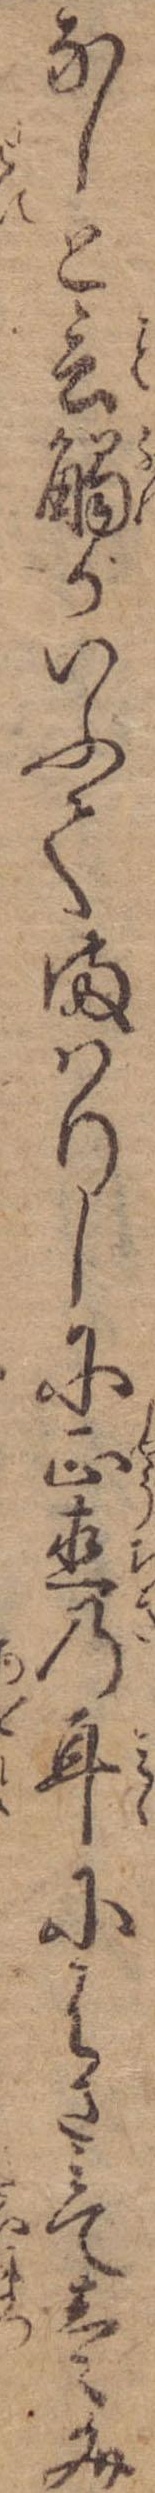
なしと言触がいふてまはりしに正直の耳にはさみて壱文